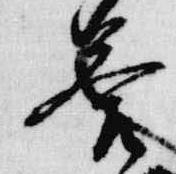
答